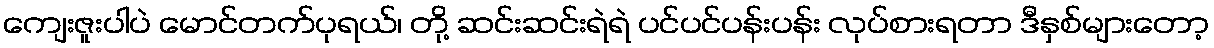
ကျေးဇူးပါပဲ မောင်တက်ပုရယ်၊ တို့ ဆင်းဆင်းရဲရဲ ပင်ပင်ပန်းပန်း လုပ်စားရတာ ဒီနှစ်များတော့